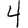
Digit: 4